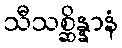
သီသစ္ဆိန္နာနံ